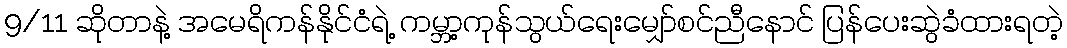
9/11 ဆိုတာနဲ့ အမေရိကန်နိုင်ငံရဲ့ ကမ္ဘာ့ကုန်သွယ်ရေးမျှော်စင်ညီနောင် ပြန်ပေးဆွဲခံထားရတဲ့